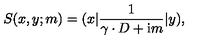
S ( x , y ; m ) = ( x | \frac 1 { \gamma \cdot D + \mathrm { i } m } | y ) ,